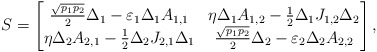
\begin{align*}S=\begin{bmatrix} \frac{\sqrt{p_1p_2}}{2} \Delta_1-\varepsilon_1\Delta_1A_{1,1} & \eta\Delta_1A_{1,2} -\frac{1}{2} \Delta_1 J_{1,2} \Delta_2 \\ \eta\Delta_2A_{2,1} -\frac{1}{2} \Delta_2 J_{2,1} \Delta_1 & \frac{\sqrt{p_1p_2}}{2} \Delta_2 -\varepsilon_2\Delta_2A_{2,2}\end{bmatrix},\end{align*}